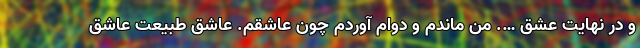
و در نهایت عشق …. من ماندم و دوام آوردم چون عاشقم. عاشق طبیعت عاشق